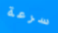
سرعة